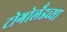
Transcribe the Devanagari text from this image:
टोगोलँडच्या